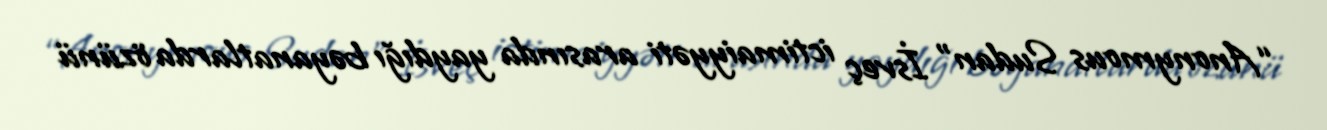
“Anonymous Sudan” İsveç ictimaiyyəti arasında yaydığı bəyanatlarda özünü